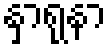
နှာရုနာ